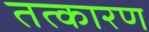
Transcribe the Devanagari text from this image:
तत्कारण